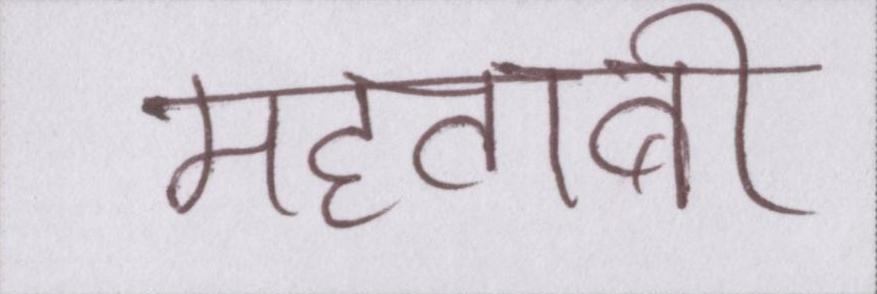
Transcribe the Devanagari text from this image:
महताबी